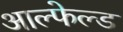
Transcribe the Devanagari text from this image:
आल्फेल्ड